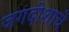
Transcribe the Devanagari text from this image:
जगदीशाचे